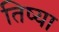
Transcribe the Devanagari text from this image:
तिष्या